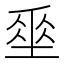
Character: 𡍮